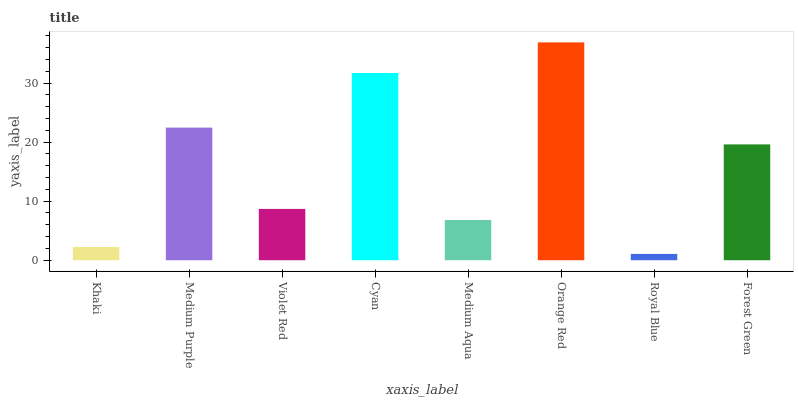
| xaxis_label | bars |
 | --- | --- |
 | Khaki | 2.24 |
 | Medium Purple | 22.5 |
 | Violet Red | 8.69 |
 | Cyan | 31.7 |
 | Medium Aqua | 6.81 |
 | Orange Red | 36.9 |
 | Royal Blue | 1.07 |
 | Forest Green | 19.6 |